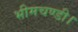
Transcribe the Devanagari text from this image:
भीमचण्डी।